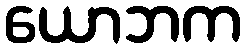
ယောဘက